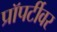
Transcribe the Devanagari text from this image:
प्रॉपर्टीवर